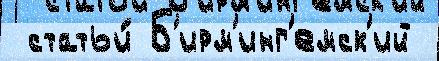
 статьи́ Б'ирм'инг'емск'ий